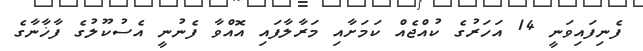
ފެނިފައިވަނީ 14 އަހަރުގެ ކުއްޖެއް ކަމަށާއި މަރާލާފައި އޮއްވާ ފެނުނީ އެސުކޫލުގެ ފާޚާނާގެ